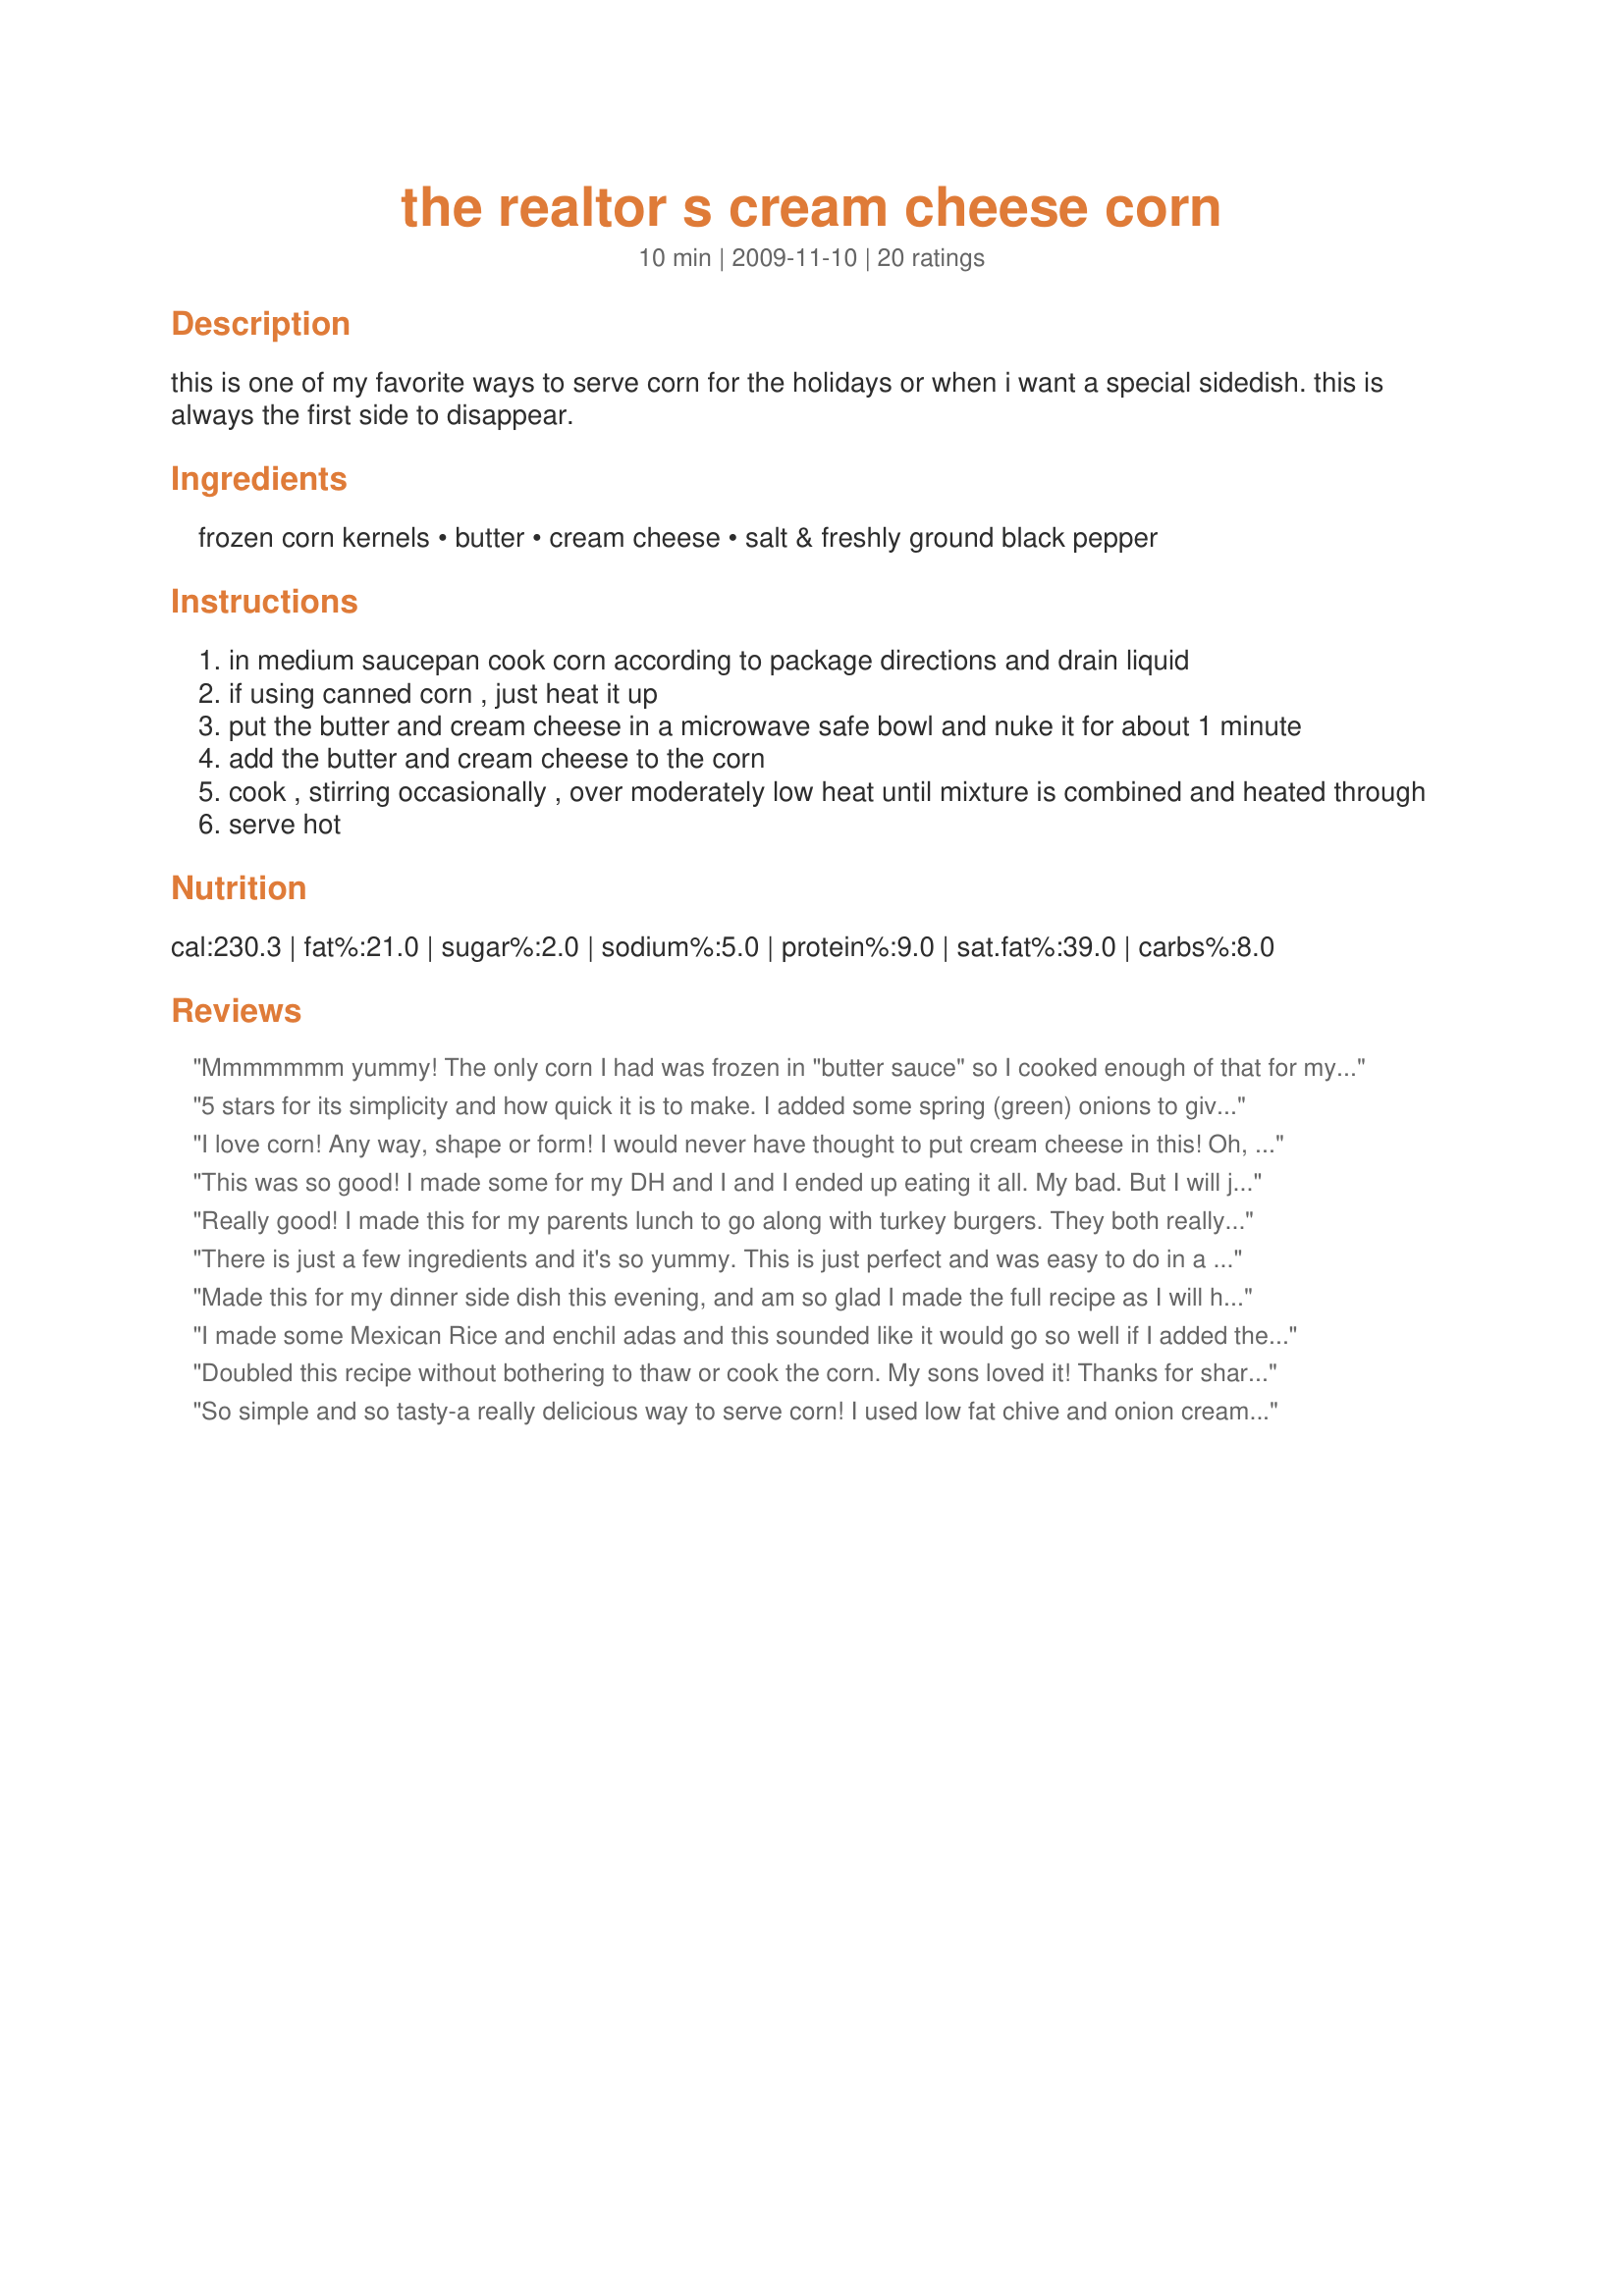
the realtor s cream cheese corn
Preparation time: 10 minutes

this is one of my favorite ways to serve corn for the holidays or when i want a special sidedish. this is always the first side to disappear.

Ingredients:
frozen corn kernels, butter, cream cheese, salt & freshly ground black pepper

Steps:
in medium saucepan cook corn according to package directions and drain liquid
if using canned corn , just heat it up
put the butter and cream cheese in a microwave safe bowl and nuke it for about 1 minute
add the butter and cream cheese to the corn
cook , stirring occasionally , over moderately low heat until mixture is combined and heated through
serve hot

Reviews:
Mmmmmmm yummy! The only corn I had was frozen in "butter sauce" so I cooked enough of that for my dinner and added the cream cheese and pepper called for here. Will be making the rest of that bag of corn this way too! Thanks for the recipe!
5 stars for its simplicity and how quick it is to make. I added some spring (green) onions to give it that bit of extra flavour which worked really well with the dish. Thanks Realtor for another lovely recipe!
I love corn! Any way, shape or form! I would never have thought to put cream cheese in this! Oh, this is so good! I added just a tiny bit of red bell peppers, only because I had a smidgeon left. Just a great recipe Realtor! Made for one of the events at KK's site!
This was so good! I made some for my DH and I and I ended up eating it all. My bad. But I will just have to make more. Yum! I used frozen corn. Thanks! Made for KK's Chef's Pick.
Really good! I made this for my parents lunch to go along with turkey burgers. They both really enjoyed this quick and easy side dish. Thanks! Made for KK's Chef's Pick.
There is just a few ingredients and it's so yummy. This is just perfect and was easy to do in a few minutes. I used frozen corn. Thanks Realtor :) Made for Holiday tag game
Made this for my dinner side dish this evening, and am so glad I made the full recipe as I will have leftovers to go with another meal. I really enjoyed the ease of making this dish with a simple creamed corn flavor w/o all the work. I believe next time I may well try adding some garlic to this since I think it would only add to an already wonderful dish.
Thank You for this great corn recipe. Made for KK's Chefs Picks Event.
I made some Mexican Rice and enchil adas and this sounded like it would go so well if I added the green chilies, so that is what I did, with raving results from everyone here. We will have this again many times with all kinds of things!
Doubled this recipe without bothering to thaw or cook the corn. My sons loved it! Thanks for sharing the recipe!
So simple and so tasty-a really delicious way to serve corn!
I used low fat chive and onion cream cheese (just to save a few cals!!) and a very generous amount of freshly ground black pepper-yummy yummy!
Thanks for posting-Made for PRMR.
My DH adored the corn. Thank you for posting!
we loved this corn dish! the only change I made was I added in some cayenne pepper, and 1/2 teaspoon garlic powder, I will make this again soon, thanks for sharing Realtor!
YYYYYUUUUMMMMMYYYYY side dish! This was delicious and incredibly quick and easy. I used low fat cream cheese and about half the butter and it was perfect! Made for Kittencal's Chef's Pick Tag. Thanks Realtor for a great new side dish for us! :)
Yum! I think I may have used 4oz of cream cheese (we don't have 3oz blocks here), but it was still very tasty!
I've been making this for years, only difference, GREEN CHILI...put in as much as you like. Once I used jalapenos, also very good. This goes great with a south of the border meal. Enjoy!
Yum! This corn is so simple and so good. Thanks for sharing this great side dish. Made for Please Review My Recipe tag.
How quick and easy is this for a side dish?? I was worried that the cream cheese would be the major flavor, but they all combined nicely!! Thanks for sharing this nice change of pace on canned corn!! Made for PRMR.
This is really a wonderful way to fix corn. I was afraid the cream cheese would be a little overwhelming, but it was not. The flavors all went together really well! Thanks for sharing. Made for Photo Tag.
Very yummy corn and a nice change of pace. I used canned corn and that worked great. The butter/cream cheese sauce makes the corn nice and creamy with a litte zip. So simple to make! Made and reviewed for Kittencal's Chef's Pick Tag Game.
So creamy, so delicious that I may have to buy a Snuggie to cover up all my holiday sins. Made for P-A-R-T-Y Holiday Tag.
